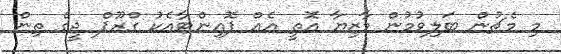
މި މެޗުން ބަލިވުމުން މާޒިޔާ އޮތީ އެއް ޕޮއިންޓާއެކު ގްރޫޕް ޖީގެ ތިން